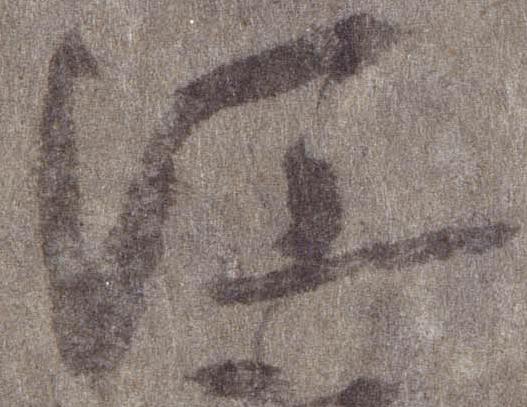
江